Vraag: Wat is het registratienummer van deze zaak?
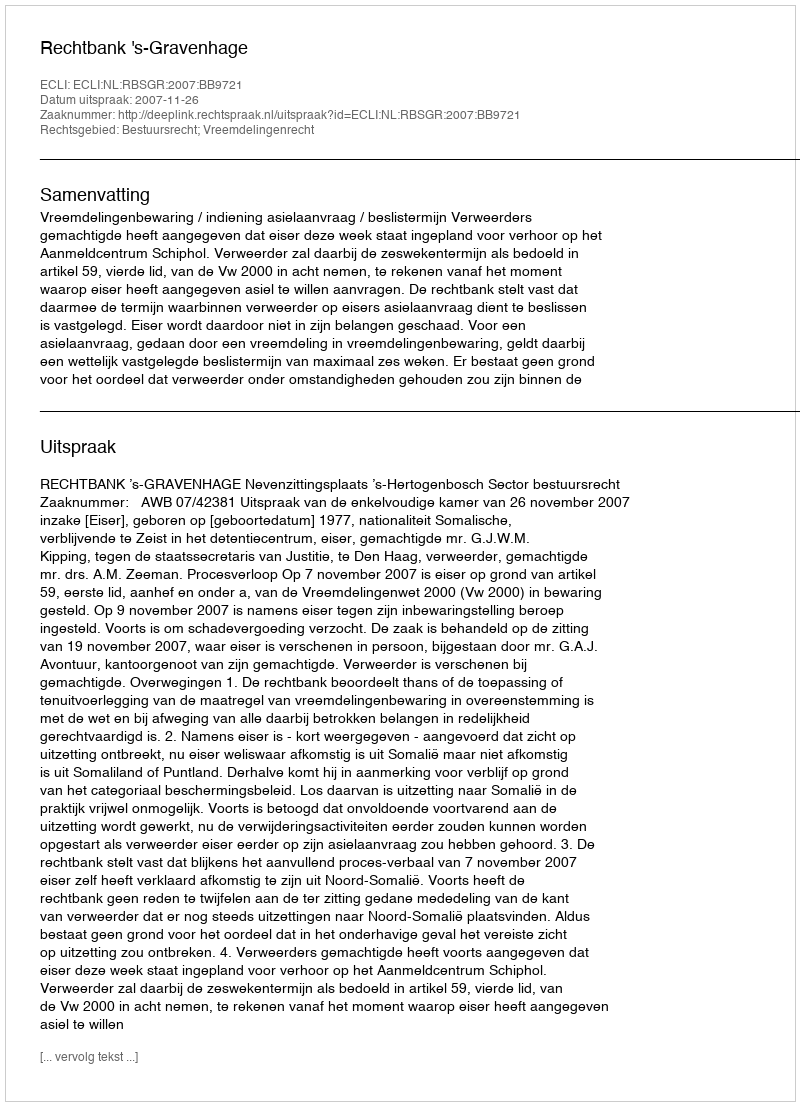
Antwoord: http://deeplink.rechtspraak.nl/uitspraak?id=ECLI:NL:RBSGR:2007:BB9721